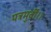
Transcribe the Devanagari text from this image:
पत्रमुर्वी।।